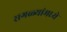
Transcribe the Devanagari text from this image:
सगळ्यांमध्ये